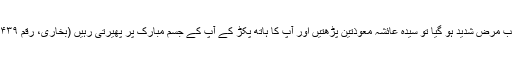
جب مرض شدید ہو گیا تو سیدہ عائشہ معوذتین پڑھتیں اور آپ کا ہاتھ پکڑ کے آپ کے جسم مبارک پر پھیرتی رہیں (بخاری، رقم ۴۴۳۹۔